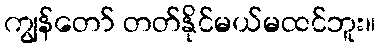
ကျွန်တော် တတ်နိုင်မယ်မထင်ဘူး။